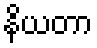
နိယတာ